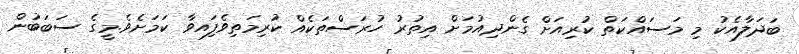
ބަދަލާއެކު މި މަސައްކަތް ކުރިއަށް ގެންދިއުމަށް އިތުރު ހުރަސްތަކެއް ކުރިމަތިވެފަިއވާ ކަމަށެވެ.މީގެ ސަބަބުން